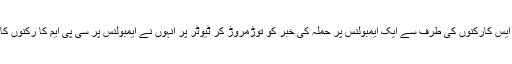
کنور میں آر ایس ایس کارکنوں کی طرف سے ایک ایمبولنس پر حملہ کی خبر کو توڑمروڑ کر ٹیوٹر پر انہوں نے ایمبولنس پر سی پی ایم کا رکنوں کا حملہ قرار دیاتھا۔